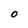
Character: 0